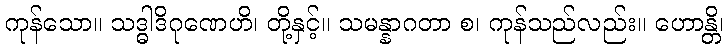
ကုန်သော။ သဒ္ဓါဒိဂုဏေဟိ၊ တို့နှင့်။ သမန္နာဂတာ စ၊ ကုန်သည်လည်း။ ဟောန္တိ၊